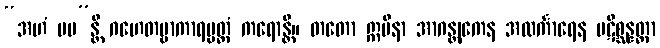
“အဟံ မမ”န္တိ ဂဟေတဗ္ဗာကာရပ္ပတ္တံ ကရောန္တိ။ တတော ဣမိနာ အာဂန္တုကေန အလင်္ကာရေန ပဋိစ္ဆန္နတ္တာ